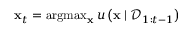
\mathbf { x } _ { t } = \operatorname { a r g m a x } _ { \mathbf { x } } u \left( \mathbf { x } \mid \mathcal { D } _ { 1 : t - 1 } \right)